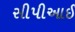
સીપીઆઈ